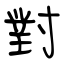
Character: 對